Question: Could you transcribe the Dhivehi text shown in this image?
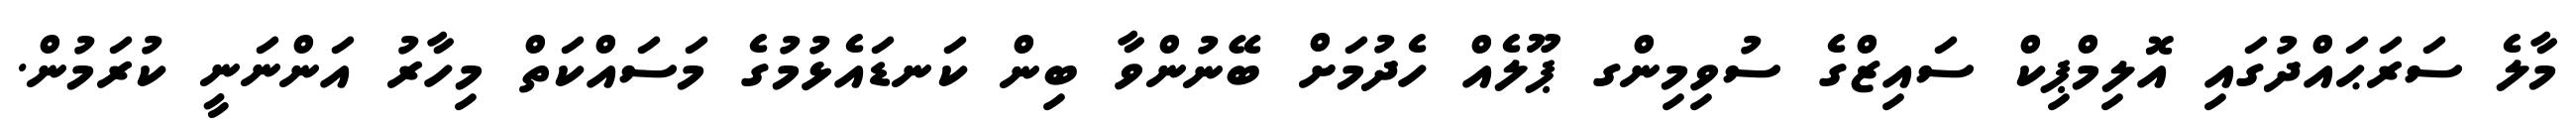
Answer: މާލެ ސަރަޙައްދުގައި އޮލިމްޕިކް ސައިޒްގެ ސުވިމިންގ ޕޫލެއް ހެދުމަށް ބޭނުންވާ ބިން ކަނޑައެޅުމުގެ މަސައްކަތް މިހާރު އަންނަނީ ކުރަމުން.